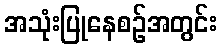
အသုံးပြုနေစဉ်အတွင်း